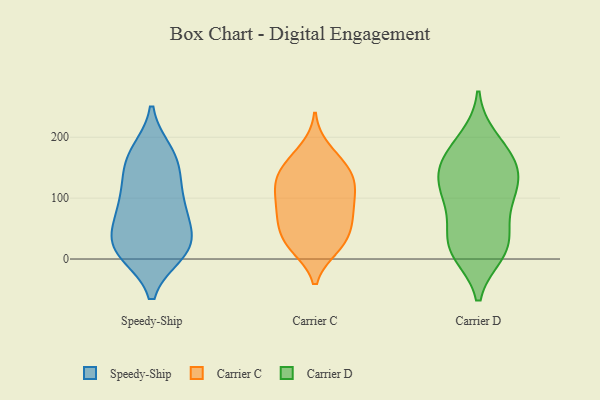
{"axis": {"x": "Waste Production (Tons)", "y": "Value"}, "legend": ["Carrier C", "Carrier D", "Speedy-Ship"], "data": [{"x": "", "y": 154, "type": "Speedy-Ship"}, {"x": "", "y": 27, "type": "Speedy-Ship"}, {"x": "", "y": 173, "type": "Speedy-Ship"}, {"x": "", "y": 10, "type": "Speedy-Ship"}, {"x": "", "y": 33, "type": "Speedy-Ship"}, {"x": "", "y": 175, "type": "Speedy-Ship"}, {"x": "", "y": 92, "type": "Speedy-Ship"}, {"x": "", "y": 11, "type": "Speedy-Ship"}, {"x": "", "y": 149, "type": "Speedy-Ship"}, {"x": "", "y": 62, "type": "Speedy-Ship"}, {"x": "", "y": 10, "type": "Speedy-Ship"}, {"x": "", "y": 116, "type": "Speedy-Ship"}, {"x": "", "y": 25, "type": "Speedy-Ship"}, {"x": "", "y": 73, "type": "Speedy-Ship"}, {"x": "", "y": 93, "type": "Speedy-Ship"}, {"x": "", "y": 35, "type": "Carrier C"}, {"x": "", "y": 70, "type": "Carrier C"}, {"x": "", "y": 113, "type": "Carrier C"}, {"x": "", "y": 71, "type": "Carrier C"}, {"x": "", "y": 23, "type": "Carrier C"}, {"x": "", "y": 130, "type": "Carrier C"}, {"x": "", "y": 150, "type": "Carrier C"}, {"x": "", "y": 165, "type": "Carrier C"}, {"x": "", "y": 75, "type": "Carrier C"}, {"x": "", "y": 119, "type": "Carrier C"}, {"x": "", "y": 19, "type": "Carrier C"}, {"x": "", "y": 180, "type": "Carrier C"}, {"x": "", "y": 19, "type": "Carrier C"}, {"x": "", "y": 141, "type": "Carrier C"}, {"x": "", "y": 105, "type": "Carrier C"}, {"x": "", "y": 44, "type": "Carrier C"}, {"x": "", "y": 141, "type": "Carrier C"}, {"x": "", "y": 66, "type": "Carrier C"}, {"x": "", "y": 100, "type": "Carrier C"}, {"x": "", "y": 113, "type": "Carrier D"}, {"x": "", "y": 92, "type": "Carrier D"}, {"x": "", "y": 40, "type": "Carrier D"}, {"x": "", "y": 11, "type": "Carrier D"}, {"x": "", "y": 181, "type": "Carrier D"}, {"x": "", "y": 137, "type": "Carrier D"}, {"x": "", "y": 117, "type": "Carrier D"}, {"x": "", "y": 16, "type": "Carrier D"}, {"x": "", "y": 26, "type": "Carrier D"}, {"x": "", "y": 157, "type": "Carrier D"}, {"x": "", "y": 160, "type": "Carrier D"}, {"x": "", "y": 87, "type": "Carrier D"}, {"x": "", "y": 143, "type": "Carrier D"}, {"x": "", "y": 196, "type": "Carrier D"}, {"x": "", "y": 17, "type": "Carrier D"}]}